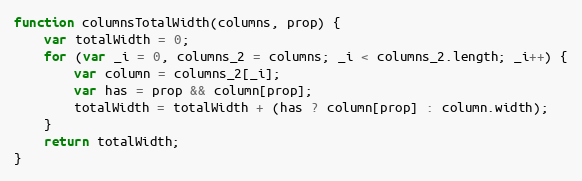
Language: JavaScript
function columnsTotalWidth(columns, prop) {
    var totalWidth = 0;
    for (var _i = 0, columns_2 = columns; _i < columns_2.length; _i++) {
        var column = columns_2[_i];
        var has = prop && column[prop];
        totalWidth = totalWidth + (has ? column[prop] : column.width);
    }
    return totalWidth;
}